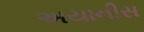
અયાનીસ